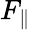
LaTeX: F_{\parallel}